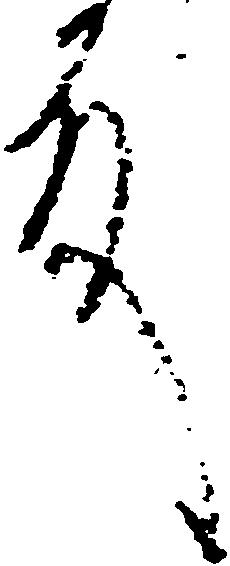
殿